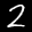
Label: 2